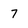
Character: 7